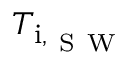
T _ { { \mathrm { i } , _ { \mathrm { ~ S ~ W ~ } } } }